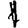
Digit: 1